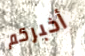
أخبركم